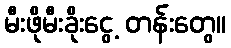
မီးဖိုမီးခိုးငွေ့ တန်းတွေ။